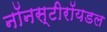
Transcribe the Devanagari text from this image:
नॉनस्टीरॉयडल